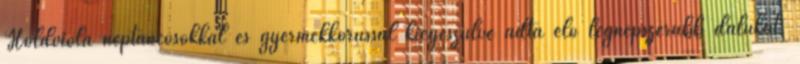
Holdviola néptáncosokkal és gyermekkórussal kiegészülve adta elő legnépszerűbb dalukat,